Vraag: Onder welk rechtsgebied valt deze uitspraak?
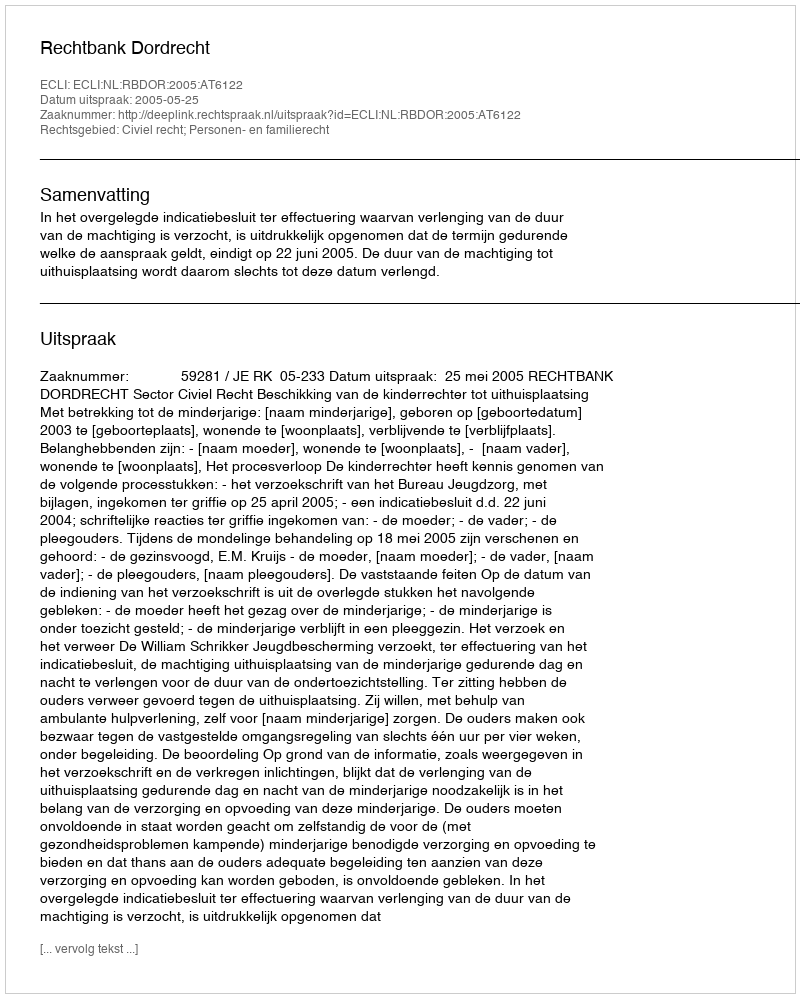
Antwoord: Civiel recht; Personen- en familierecht